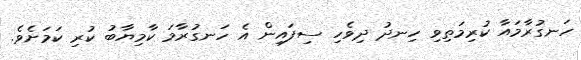
ހަނގުރާމައާ ކުރިމަތިވި ހިނދު ދިވެހި ސިފައިން އެ ހަނގުރާމަ ކާމިޔާބު ކުރި ކަމަށެވެ.